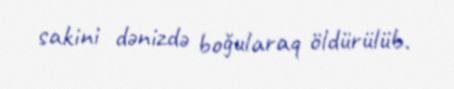
sakini dənizdə boğularaq öldürülüb.